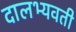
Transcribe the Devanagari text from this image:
दालभ्यवती